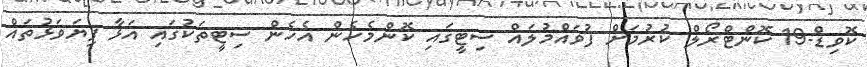
ކޮވިޑް-19 ކޮންޓްރޯލް ކުރުމަށް ފުވައްމުލައް ސިޓީގައި ކޮންމެހެން އެހެން ސިޓީތަކުގައި އަޅާ ފިޔަވަޅުތައް